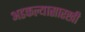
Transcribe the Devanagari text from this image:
अडकल्यासारखी